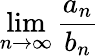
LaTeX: \operatorname*{lim}_{n\to\infty}{\frac{a_{n}}{b_{n}}}